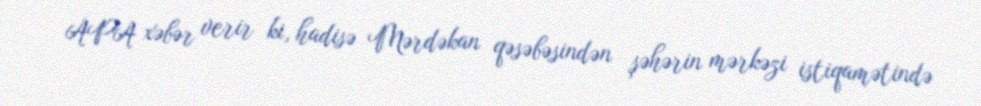
APA xəbər verir ki, hadisə Mərdəkan qəsəbəsindən şəhərin mərkəzi istiqamətində